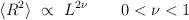
LaTeX: \begin{align*}\langle R^2\rangle\ \propto\ L^{2\nu}\qquad 0<\nu<1\end{align*}